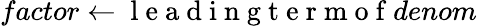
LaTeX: factor\gets\mathrm{~l~e~a~d~i~n~g~t~e~r~m~o~f~}denom